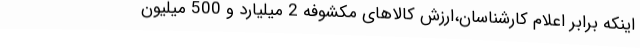
اینکه برابر اعلام کارشناسان،ارزش کالاهای مکشوفه 2 میلیارد و 500 میلیون